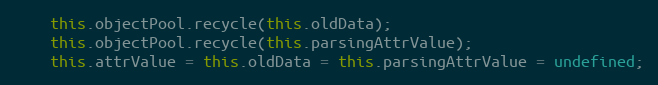
Language: JavaScript
    this.objectPool.recycle(this.oldData);
    this.objectPool.recycle(this.parsingAttrValue);
    this.attrValue = this.oldData = this.parsingAttrValue = undefined;